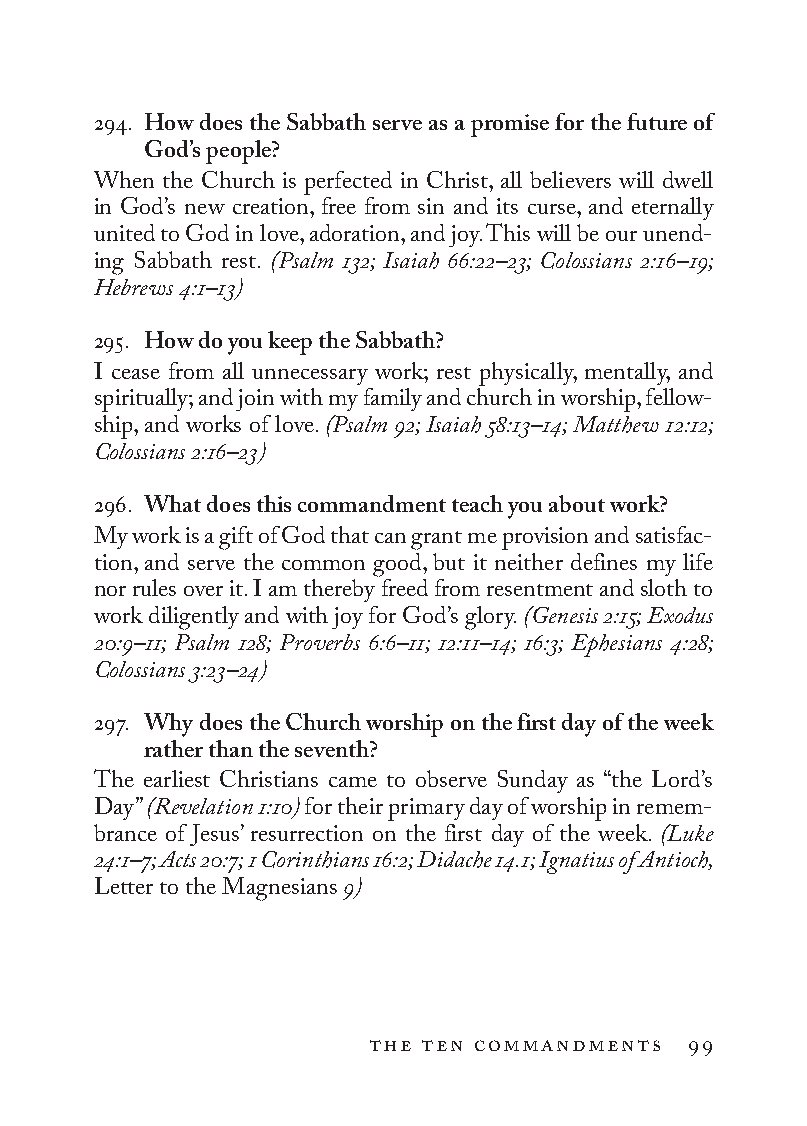
294. How does the Sabbath serve as a promise for the future of
 God’s people?
 When the Church is perfected in Christ, all believers will dwell
 in God’s new creation, free from sin and its curse, and eternally
 united to God in love, adoration, and joy. This will be our unend-
 ing Sabbath rest. (Psalm 132; Isaiah 66:22–23; Colossians 2:16–19;
 Hebrews 4:1–13)
 295. How do you keep the Sabbath?
 I cease from all unnecessary work; rest physically, mentally, and
 spiritually; and join with my family and church in worship, fellow-
 ship, and works of love. (Psalm 92; Isaiah 58:13–14; Matthew 12:12;
 Colossians 2:16–23)
 296. What does this commandment teach you about work?
 My work is a gift of God that can grant me provision and satisfac-
 tion, and serve the common good, but it neither defines my life
 nor rules over it. I am thereby freed from resentment and sloth to
 work diligently and with joy for God’s glory. (Genesis 2:15; Exodus
 20:9–11; Psalm 128; Proverbs 6:6–11; 12:11–14; 16:3; Ephesians 4:28;
 Colossians 3:23–24)
 297. Why does the Church worship on the first day of the week
 rather than the seventh?
 The earliest Christians came to observe Sunday as “the Lord’s
 Day” (Revelation 1:10) for their primary day of worship in remem-
 brance of Jesus’ resurrection on the first day of the week. (Luke
 24:1–7; Acts 20:7; 1 Cor int hia ns 16:2; Didache 14.1; Ignatius of Antioch,
 Letter to the Magnesians 9)
 the ten commandments 99
 To be a Christian.566776.int.indd 99        11/13/19 1:31 PM